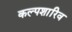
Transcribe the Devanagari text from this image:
कल्पशारिव